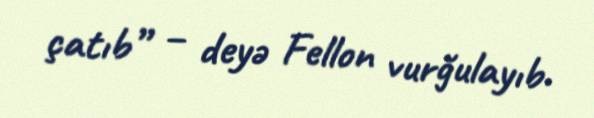
çatıb” – deyə Fellon vurğulayıb.